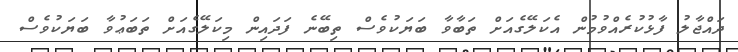
ދައްޖާލު ފާޅުކުރެއްވުމުން އެކަލޭގެއަށް ތަބާވާ ބަޔަކުވެސް ތިބޭނެ ފަދައިން މިކަލޭގެއަށް ތަބަޢުވާ ބަޔަކުވެސް